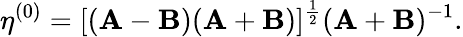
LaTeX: \eta^{(0)}=[(\mathbf{A}-\mathbf{B})(\mathbf{A}+\mathbf{B})]^{\frac{1}{2}}(\mathbf{A}+\mathbf{B})^{-1}.